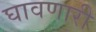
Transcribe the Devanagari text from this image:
घावणारी